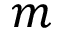
m